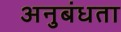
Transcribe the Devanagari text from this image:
अनुबंधता